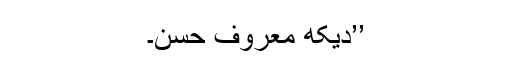
’’دیکھ معروف حسن۔